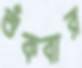
শুঁকবার